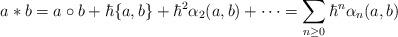
LaTeX: \begin{align*}a * b = a \circ b + \hbar \{a,b\} + \hbar^2 \alpha_2(a,b) + \cdots = \sum_{n\ge0} \hbar^n \alpha_n(a,b)\end{align*}